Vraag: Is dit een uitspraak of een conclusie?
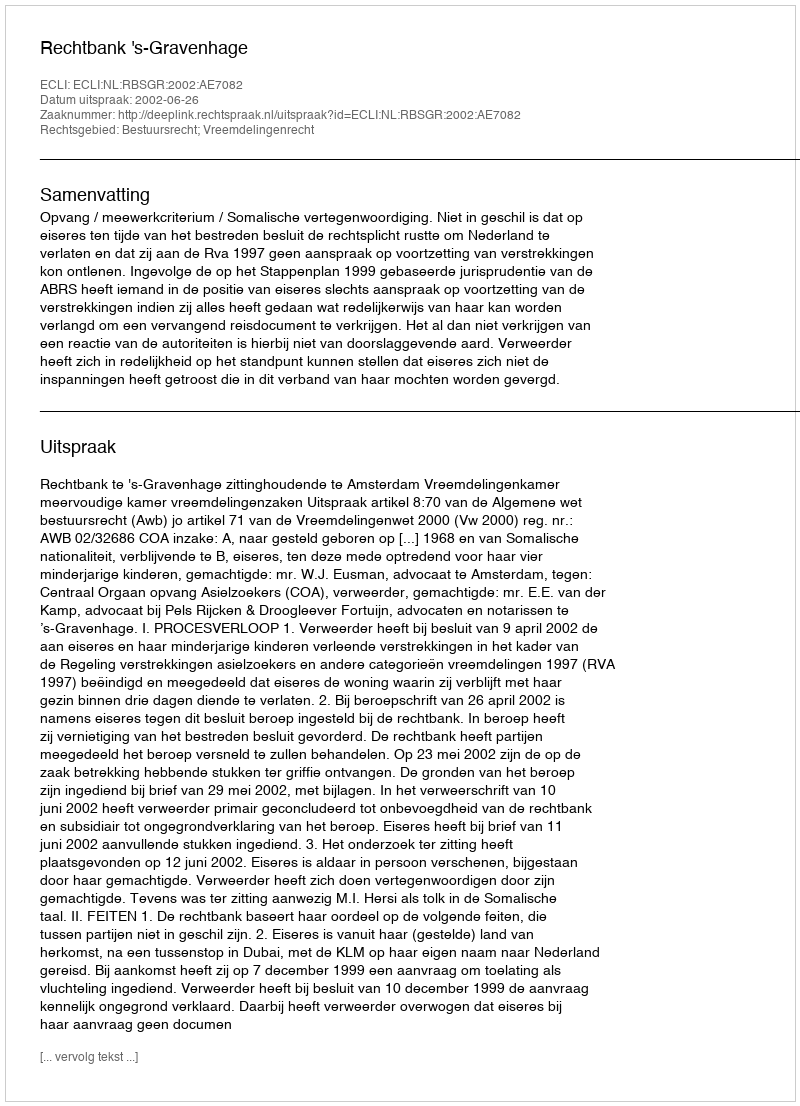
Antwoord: Uitspraak